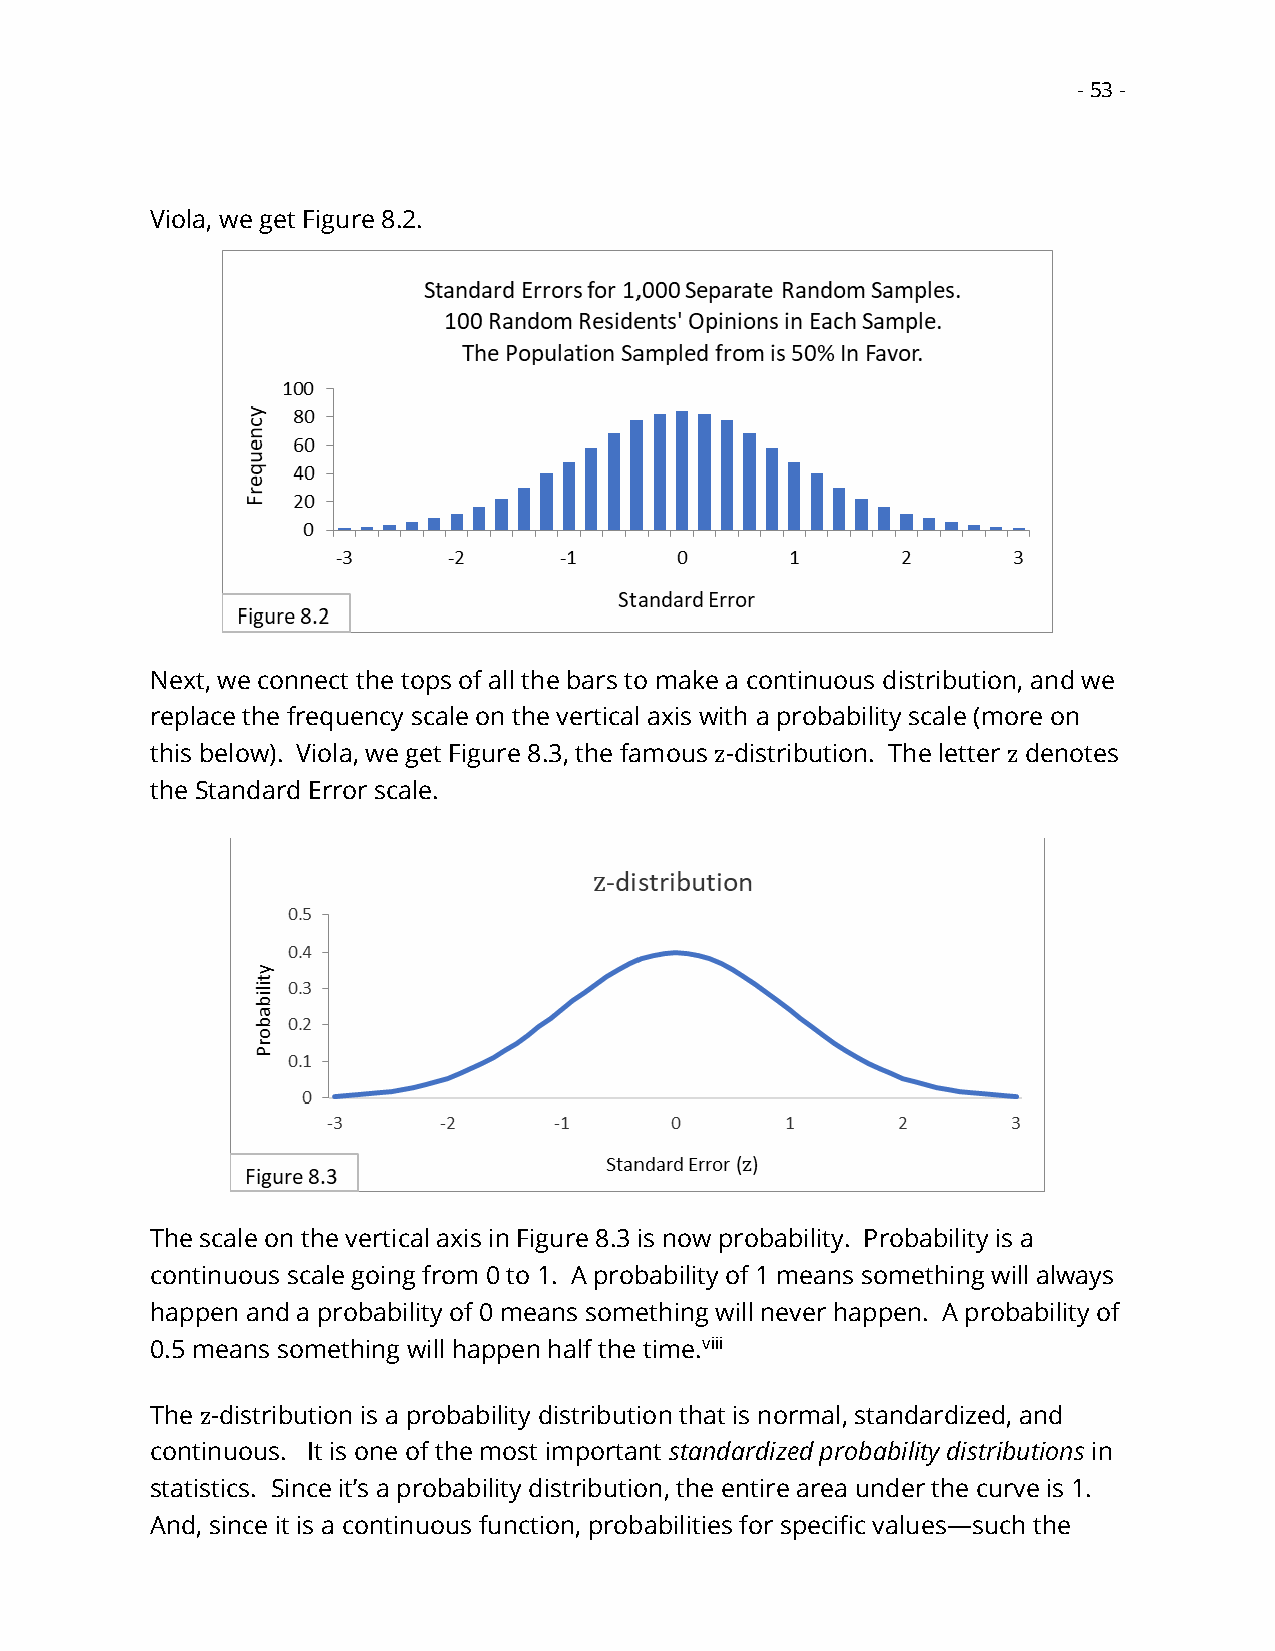
- 53 -
 Viola, we get Figure 8.2.
 Next, we connect the tops of all the bars to make a continuous distribution, and we
 replace the frequency scale on the vertical axis with a probability scale (more on
 this below). Viola, we get Figure 8.3, the famous z-distribution. The letter z denotes
 the Standard Error scale.
 The scale on the vertical axis in Figure 8.3 is now probability. Probability is a
 continuous scale going from 0 to 1. A probability of 1 means something will always
 happen and a probability of 0 means something will never happen. A probability of
 0.5 means something will happen half the time.viii
 The z-distribution is a probability distribution that is normal, standardized, and
 continuous. It is one of the most important standardized probability distributions in
 statistics. Since it’s a probability distribution, the entire area under the curve is 1.
 And, since it is a continuous function, probabilities for specific values—such the